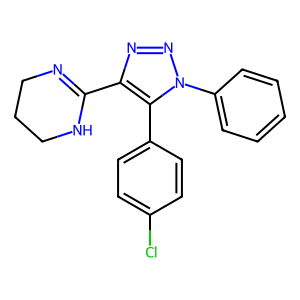
SMILES: Clc1ccc(-c2c(C3=NCCCN3)nnn2-c2ccccc2)cc1
Inhibits HIV replication: No